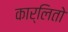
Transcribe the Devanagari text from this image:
कार्लितो